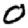
Digit: 0